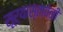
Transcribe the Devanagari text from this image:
सूर्यास्तावेळी